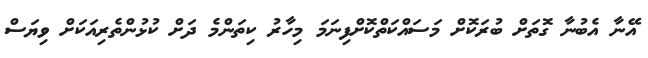
އޭނާ އެބުނާ ގޮތަށް ބުރަކޮށް މަސައްކަތްކޮށްފިނަމަ މިހާރު ކިތަންމެ ދަށް ކުޅުންތެރިއަކަށް ވިޔަސް